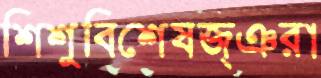
শিশুবিশেষজ্ঞরা